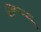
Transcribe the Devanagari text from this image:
र्डें